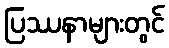
ပြဿနာများတွင်